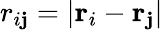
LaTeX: r_{i\mathbf{j}}=|{\mathbf{r}}_{i}-{\mathbf{r}}_{\mathbf{j}}|